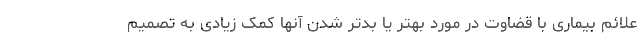
علائم بیماری با قضاوت در مورد بهتر یا بدتر شدن آنها کمک زیادی به تصمیم